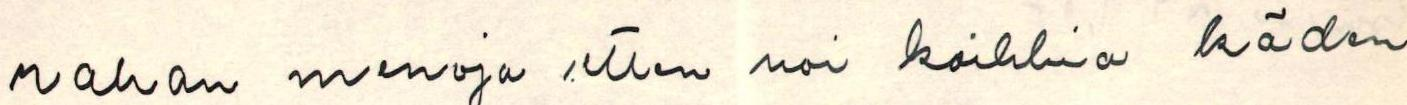
rahan menoja etten voi kaikkia käden